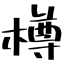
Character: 樽